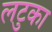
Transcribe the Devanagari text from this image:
लटुका